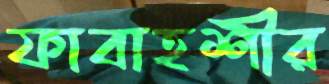
ফাবাহশীর